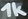
Text: 1K